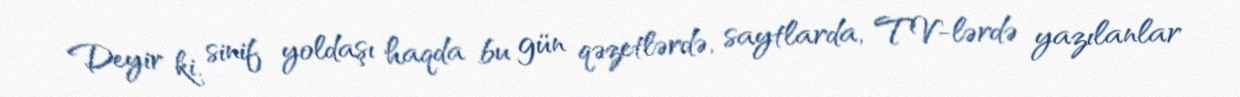
Deyir ki, sinif yoldaşı haqda bu gün qəzetlərdə, saytlarda, TV-lərdə yazılanlar